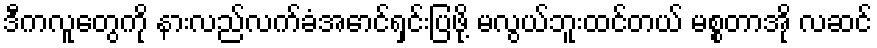
ဒီကလူတွေကို နားလည်လက်ခံအောင်ရှင်းပြဖို့ မလွယ်ဘူးထင်တယ် မစ္စတာအို လဆင်